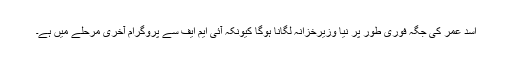
اسد عمر کی جگہ فوری طور پر نیا وزیرخزانہ لگانا ہوگا کیونکہ آئی ایم ایف سے پروگرام آخری مرحلے میں ہے۔